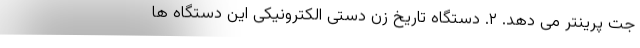
جت پرینتر می دهد. ۲. دستگاه تاریخ زن دستی الکترونیکی این دستگاه ها